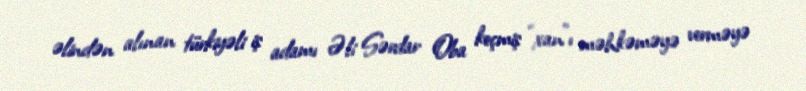
əlindən alınan türkiyəli iş adamı Əli Sərdar Oba keçmiş “xan”ı məhkəməyə verməyə